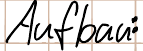
Aufbau: